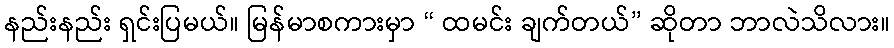
နည်းနည်း ရှင်းပြမယ်။ မြန်မာစကားမှာ “ ထမင်း ချက်တယ်” ဆိုတာ ဘာလဲသိလား။